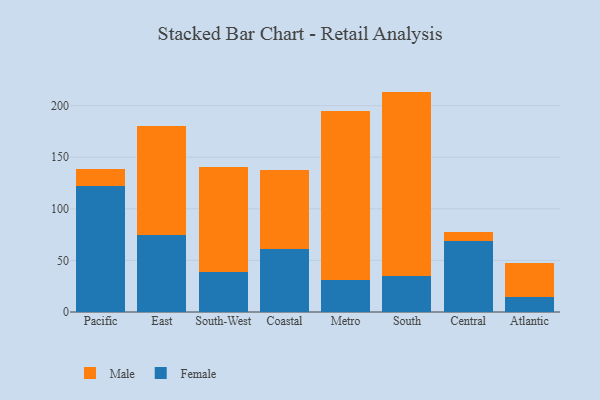
{"axis": {"x": "Region", "y": "Production Output"}, "legend": ["Female", "Male"], "data": [{"x": "Pacific", "y": 122.2, "type": "Female"}, {"x": "Pacific", "y": 16.6, "type": "Male"}, {"x": "East", "y": 75.0, "type": "Female"}, {"x": "East", "y": 104.9, "type": "Male"}, {"x": "South-West", "y": 38.8, "type": "Female"}, {"x": "South-West", "y": 102.2, "type": "Male"}, {"x": "Coastal", "y": 61.2, "type": "Female"}, {"x": "Coastal", "y": 76.7, "type": "Male"}, {"x": "Metro", "y": 30.6, "type": "Female"}, {"x": "Metro", "y": 164.6, "type": "Male"}, {"x": "South", "y": 34.5, "type": "Female"}, {"x": "South", "y": 179.1, "type": "Male"}, {"x": "Central", "y": 68.7, "type": "Female"}, {"x": "Central", "y": 9.3, "type": "Male"}, {"x": "Atlantic", "y": 14.5, "type": "Female"}, {"x": "Atlantic", "y": 32.9, "type": "Male"}]}